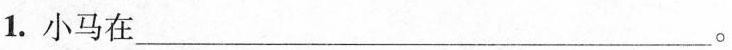
1.小马在___。